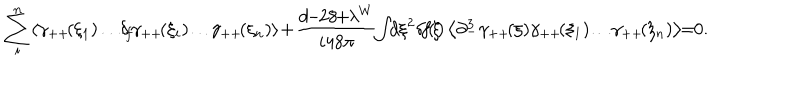
\sum _ { i } ^ { n } \! \left< \gamma _ { + + } \! ( \xi _ { 1 } ) \! \dots \! \delta _ { \! f } \! \gamma _ { + + } \! ( \xi _ { i } ) \! \dots \! \gamma _ { + + } \! ( \xi _ { n } ) \right> \! + \! \frac { d \! \! - \! \! 2 8 \! \! + \! \! \lambda ^ { W } } { i 4 8 \pi } \! \! \int \! \! d \xi ^ { 2 } \! \, \delta \! f \! ( \! \xi \! ) \left< \partial _ { - } ^ { 3 } \gamma _ { + + } \! ( \xi ) \gamma _ { + + } \! ( \xi _ { 1 } ) \! \dots \! \gamma _ { + + } \! ( \xi _ { n } ) \right> \! \! = \! \! 0 .